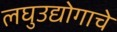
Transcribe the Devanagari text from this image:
लघुउद्योगाचे